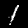
Digit: 1